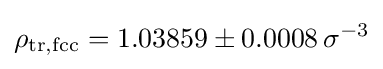
\rho _{\mathrm {tr,fcc} }=1.03859\pm 0.0008\,\sigma ^{-3}